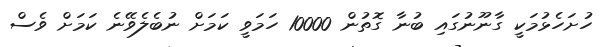
ހުށަހެޅުމަކީ ގާނޫނުގައި ބުނާ ގޮތުން 10000 ހަމަވީ ކަމަށް ނުބެލެވޭނެ ކަމަށް ވެސް